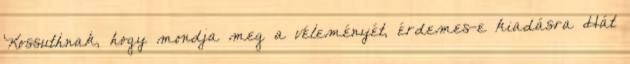
Kossuthnak, hogy mondja meg a véleményét, érdemes-e kiadásra Hát